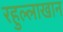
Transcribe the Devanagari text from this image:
रहुल्लाखान